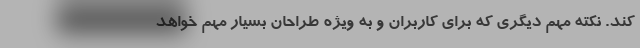
کند. نکته مهم دیگری که برای کاربران و به ویژه طراحان بسیار مهم خواهد